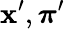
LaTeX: \mathbf{x}_{}^{\prime},\boldsymbol{\pi}_{}^{\prime}